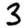
Digit: 3